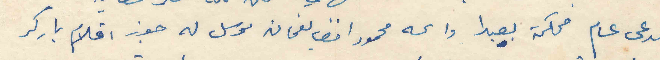
مدعى عام محكمة بعبدا واسمه محمود افندي نعمان مرسل له جوز اقلام باركر